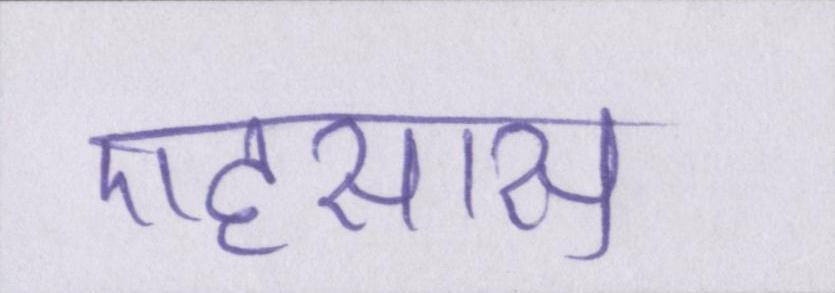
एहसास